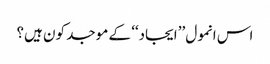
اس انمول ’’ایجاد‘‘ کے موجد کون ہیں؟